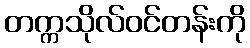
တက္ကသိုလ်ဝင်တန်းကို